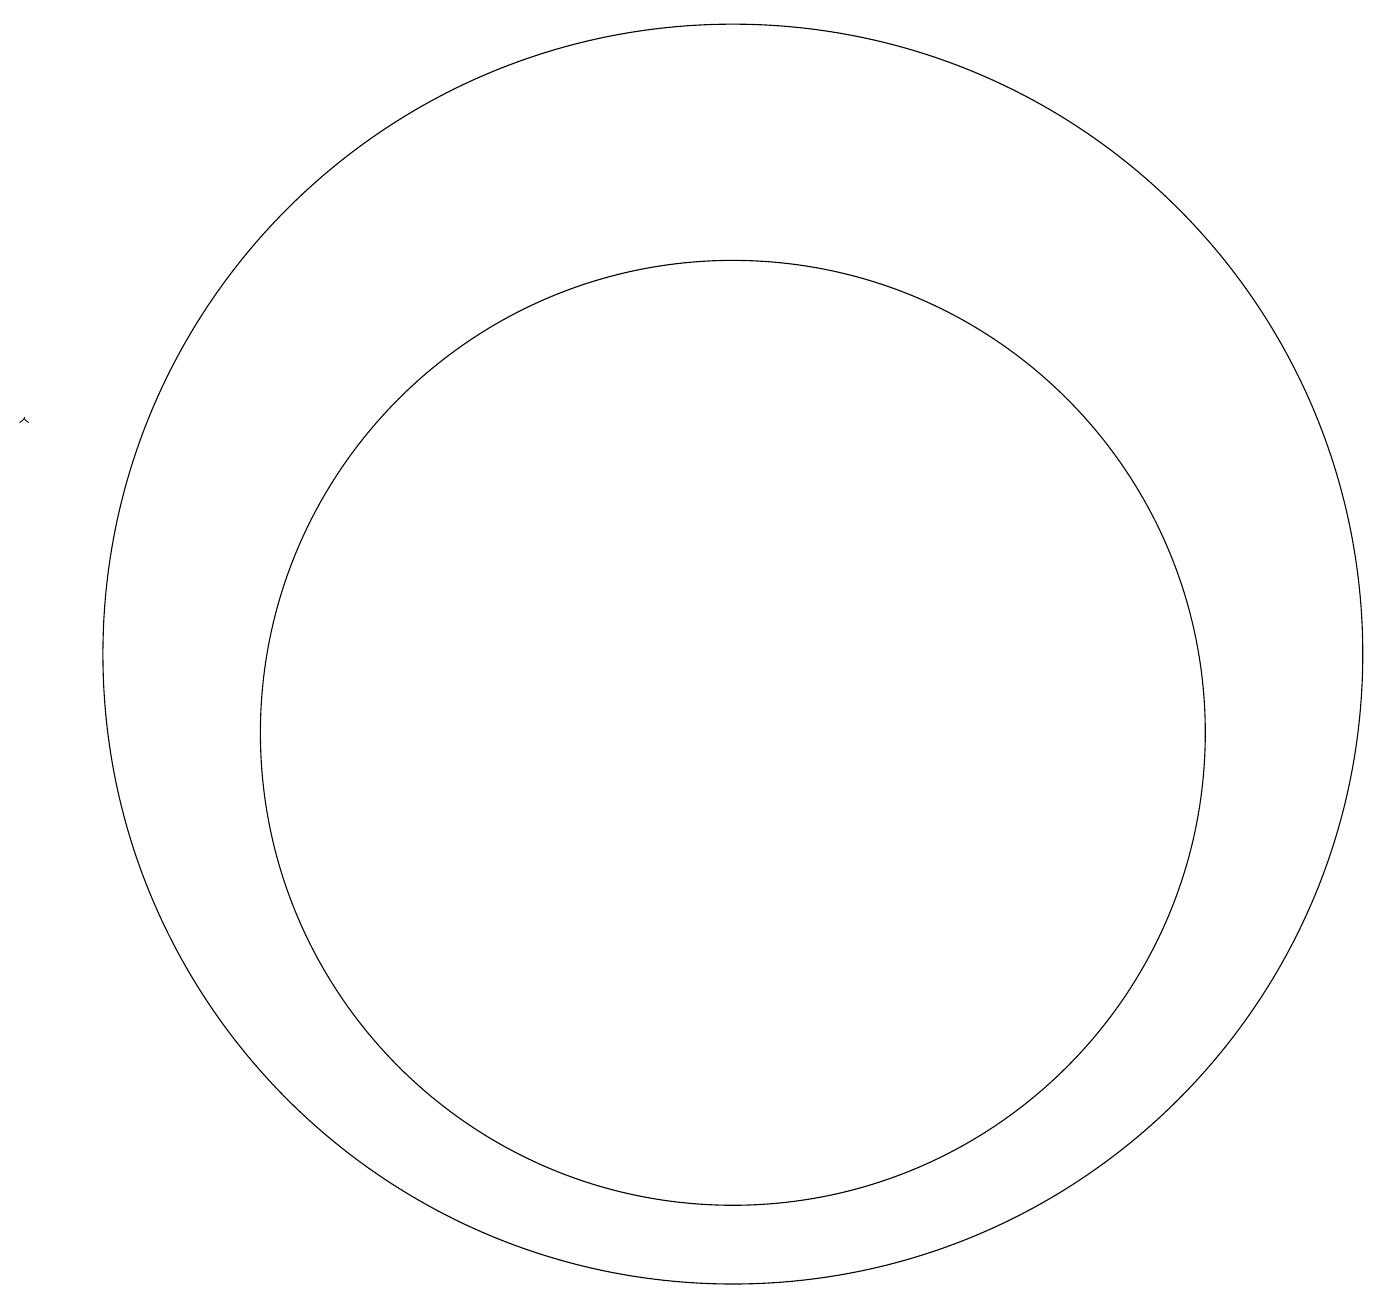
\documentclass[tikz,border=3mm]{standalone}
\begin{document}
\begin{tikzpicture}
\draw (10,10) circle (6);
\draw (10,11) circle (8);
\draw (11,10) circle (0);
\draw[->] (1,14) -- (1,14);
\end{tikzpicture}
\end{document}